Report on vaccination in the Province of Bengal - 1869-1873
Year: 1869
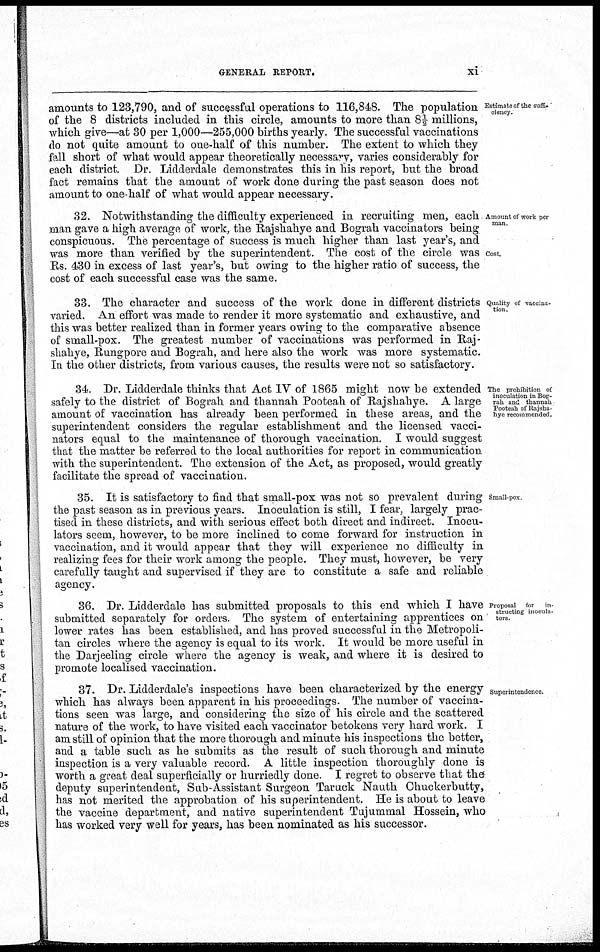
GENERAL REPORT.
xi
Estimate of the suffi-
ciency.
amounts to 123,790, and of successful operations to 116,848. The population
of the 8 districts included in this circle, amounts to more than 8 ½ millions,
which give—at 30 per 1,000—255,000 births yearly. The successful vaccinations
do not quite amount to one-half of this number. The extent to which they
fall short of what would appear theoretically necessary, varies considerably for
each district. Dr. Lidderdale demonstrates this in his report, but the broad
fact remains that the amount of work done during the past season does not
amount to one-half of what would appear necessary.
Amount of work per
man.
Cost.
32. Notwithstanding the difficulty experienced in recruiting men, each
man gave a high average of work, the Rajshahye and Bograh vaccinators being
conspicuous. The percentage of success is much higher than last year's, and
was more than verified by the superintendent. The cost of the circle was
Rs. 430 in excess of last year's, but owing to the higher ratio of success, the
cost of each successful case was the same.
Quality of vaccina-
tion.
33. The character and success of the work done in different districts
varied. An effort was made to render it more systematic and exhaustive, and
this was better realized than in former years owing to the comparative absence
of small-pox. The greatest number of vaccinations was performed in Raj-
shahye, Rungpore and Bograh, and here also the work was more systematic.
In the other districts, from various causes, the results were not so satisfactory.
The prohibition of
inoculation in Bog-
rah and thannah
Pooteah of Rajsha-
hye recommended.
34. Dr. Lidderdale thinks that Act IV of 1865 might now be extended
safely to the district of Bograh and thannah Pooteah of Rajshahye. A large
amount of vaccination has already been performed in these areas, and the
superintendent considers the regular establishment and the licensed vacci-
nators equal to the maintenance of thorough vaccination. I would suggest
that the matter be referred to the local authorities for report in communication
with the superintendent. The extension of the Act, as proposed, would greatly
facilitate the spread of vaccination.
Small-pox
35. It is satisfactory to find that small-pox was not so prevalent during
the past season as in previous years. Inoculation is still, I fear, largely prac-
tised in these districts, and with serious effect both direct and indirect. Inocu-
lators seem, however, to be more inclined to come forward for instruction in
vaccination, and it would appear that they will experience no difficulty in
realizing fees for their work among the people. They must, however, be very
carefully taught and supervised if they are to constitute a safe and reliable
agency.
Proposal for
in-
structing inocula-
tors.
36. Dr. Lidderdale has submitted proposals to this end which I have
submitted separately for orders. The system of entertaining apprentices on
lower rates has been established, and has proved successful in the Metropoli-
tan circles where the agency is equal to its work. It would be more useful in
the Darjeeling circle where the agency is weak, and where it is desired to
promote localised vaccination.
Superintendence.
37. Dr. Lidderdale's inspections have been characterized by the energy
which has always been apparent in his proceedings. The number of vaccina-
tions seen was large, and considering the size of his circle and the scattered
nature of the work, to have visited each vaccinator betokens very hard work. I
am still of opinion that the more thorough and minute his inspections the better,
and a table such as he submits as the result of such thorough and minute
inspection is a very valuable record. A little inspection thoroughly done is
worth a great deal superficially or hurriedly done. I regret to observe that the
deputy superintendent, Sub-Assistant Surgeon Taruck Nauth Chuckerbutty,
has not merited the approbation of his superintendent. He is about to leave
the vaccine department, and native superintendent Tujummal Hossein, who
has worked very well for years, has been nominated as his successor.